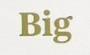
Big